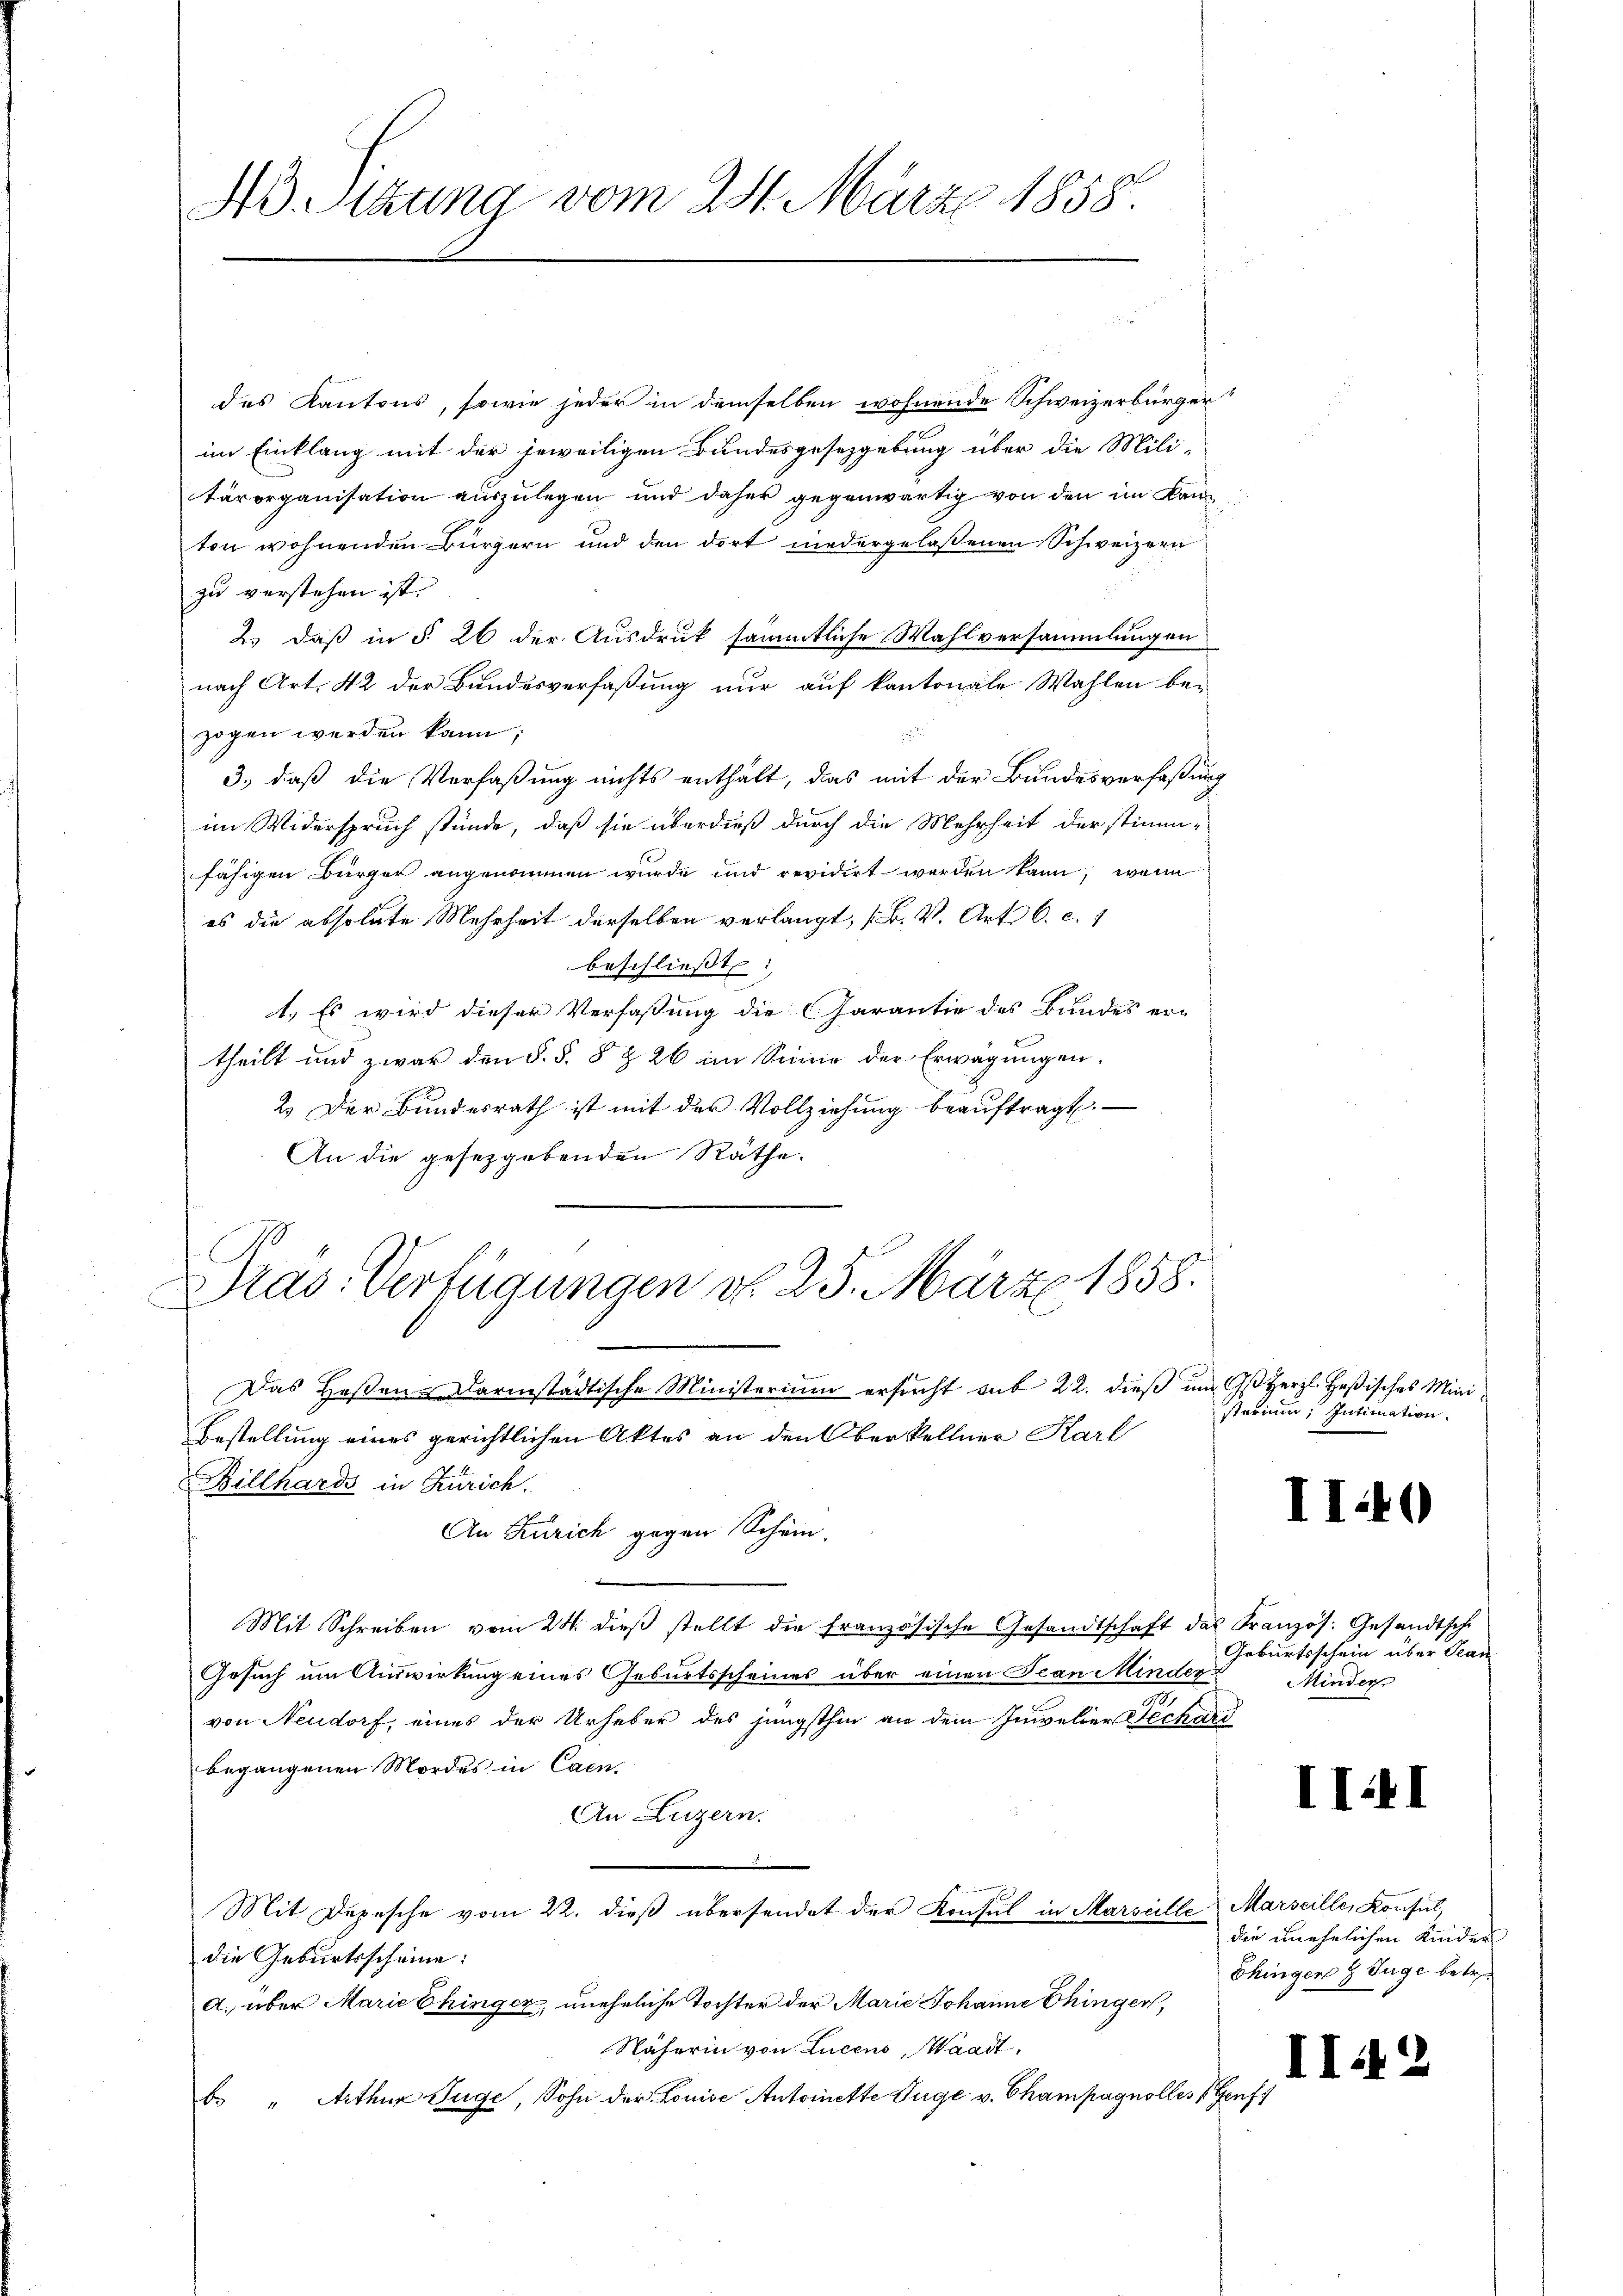
4 Stzung vom 24. März 1858.

2
des Kantons, sowie jeder in demselben wohnende Schweizerbürger
im Einklang mit der jeweiligen Bundesgesetzgebung über die Mili-
tärorganisation auszulegen und daher gegenwärtig von den im Kanton wohnenden Bürgern und den dort niedergelassenen Schweizern
zu verstehen ist. |
2.) daß in § 26 der Ausdruk sämmtliche Wahlversammlungen
nach Art. 42 der Bundesverfaßung nur auf kantonale Wahlen be-
zogen werden kann;
3., daß die Verfaßung nichts enthält, das mit der Bundesverfaßung
im Widerspruch stünde, daß sie überdieß durch die Mehrheit der stimm-
fähigen Bürger angenommen wurde und revidirt werden kann, wenn
es die absolute Mehrheit derselben verlangt, (L. V. Art. C. c. 1

beschließt
1.) Es wird dieser Verfaßung die Charantie des Bundes er-
theilt und zwar den §. §. 8 § 26 im Sinne der Erwägungen.
2.) Der Bundesrath ist mit der Vollziehung beauftragt.
An die gesetzgebenden Räthe.
Pras. Verfügungen d. 25. März 1858.
Das Heßen-Darmstädtische Ministerium ersucht sub 22. dieß um Gs Herzl. Heßisches Mini¬
Bestellung eines gerichtlichen Aktes an den Oberkellner Karl
Billhards in Zürich.
An Zürich gegen Schein.

Mit Schreiben vom 24. dieβ stellt die französische Gesandtschaft das Französ. Gesandtsche
Gesuch um Auswirkung eines Geburtsscheines über einen Jean Minder
von Neudorf, eines der Urheber des jüngsthin an dem Intelier Fechard
begangenen Mordes in Caen.
An Luzern.
n
Mit Depesche vom 22. dieß übersendet der Konsul in Marseille Marseille, Konsul
die Geburtsscheine:
a. über Marie Ehinger, uneheliche Tochter der Marie Johanne Chinger,
Näherin von Lucens, Waadt,
b. " Arthur Juge, Sohn der Louise Antoinette Juge v. Champagnolles Genf

sterium, Intimation.

II40

Geburtsschein über Stan
Minder

III

die unehelichen Kinder
Ehingen 9 Juge betr.

II

¬